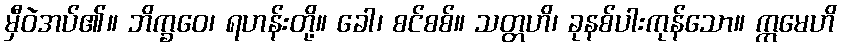
မှီဝဲအပ်၏။ ဘိက္ခဝေ၊ ရဟန်းတို့။ ခေါ၊ စင်စစ်။ သတ္တဟိ၊ ခုနစ်ပါးကုန်သော။ ဣမေဟိ